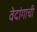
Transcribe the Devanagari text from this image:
वेदांगाची